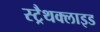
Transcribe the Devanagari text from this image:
स्ट्रैथक्लाइड